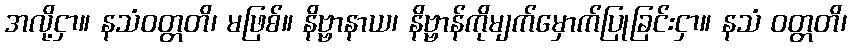
အလို့ငှာ။ နသံဝတ္တတိ၊ မဖြစ်။ နိဗ္ဗာနာယ၊ နိဗ္ဗာန်ကိုမျက်မှောက်ပြုခြင်းငှာ။ နသံ ဝတ္တတိ၊